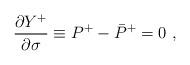
LaTeX: \begin{align*}\frac{\partial Y^+}{\partial \sigma} \equiv P^+ - \bar{P}^+ = 0~,\end{align*}